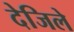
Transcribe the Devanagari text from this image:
देजिले